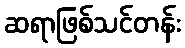
ဆရာဖြစ်သင်တန်း